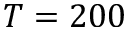
T = 2 0 0